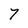
Character: 7